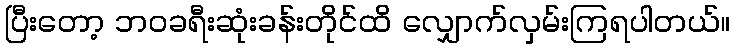
ပြီးတော့ ဘဝခရီးဆုံးခန်းတိုင်ထိ လျှောက်လှမ်းကြရပါတယ်။